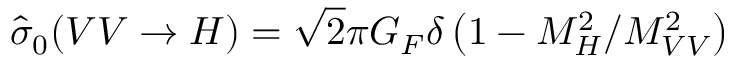
\hat { \sigma } _ { 0 } ( V V \to H ) = \sqrt { 2 } \pi G _ { F } \delta \left( 1 - M _ { H } ^ { 2 } / M _ { V V } ^ { 2 } \right)